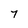
Character: 7